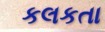
કલકતા